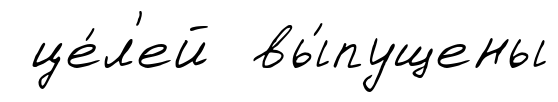
це́л'ей вы́пущены